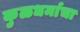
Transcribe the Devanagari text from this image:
कुळधर्माचा